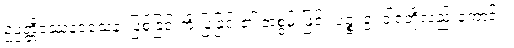
ဥပ္ပတ္တိဒဿနဝသေန၊ ဖြစ်ခြင်းကို ပြခြင်း၏ အစွမ်းဖြင့်။ ပဉ္စ၊ ၅၊ ဝါရတို့လည်းကောင်း။